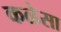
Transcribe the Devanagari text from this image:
कळेसा